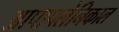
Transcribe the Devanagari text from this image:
आपापलेनिकाल